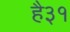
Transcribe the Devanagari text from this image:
है३१